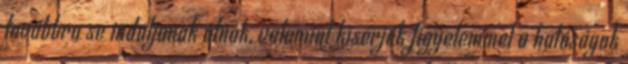
továbbra se induljanak útnak, valamint kísérjék figyelemmel a hatóságok